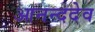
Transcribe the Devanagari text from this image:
आनन्ददेव